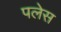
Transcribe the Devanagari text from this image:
पलेस